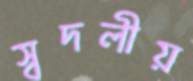
স্বদলীয়